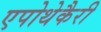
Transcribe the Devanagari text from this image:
एपोथेकैरी